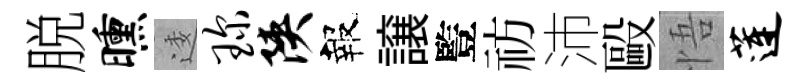
脱曛逶琛陕報譲䜿祊沛毆悟莲